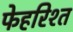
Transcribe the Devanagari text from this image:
फेहरिश्त